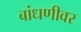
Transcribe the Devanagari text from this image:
बांधणीवर